Report of the Indian Hemp Drugs Commission, 1894-1895 - Volume I
Year: 1894
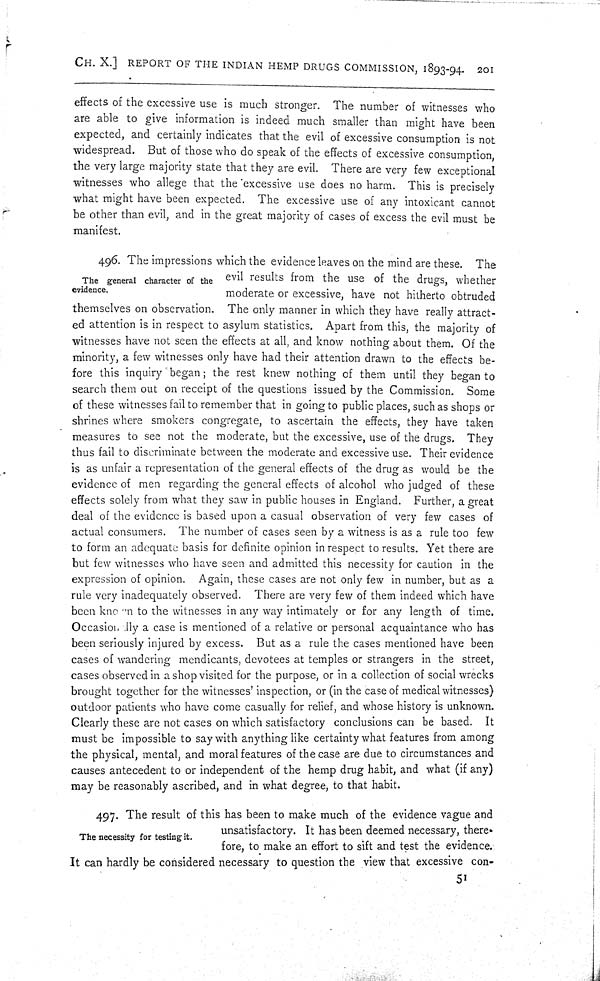
CH. X.] REPORT OF THE INDIAN HEMP DRUGS COMMISSION, 1893-94. 201
effects of the excessive use is much stronger. The number of witnesses who
are able to give information is indeed much smaller than might have been
expected, and certainly indicates that the evil of excessive consumption is not
widespread. But of those who do speak of the effects of excessive consumption,
the very large majority state that they are evil. There are very few exceptional
witnesses who allege that the excessive use does no harm. This is precisely
what might have been expected. The excessive use of any intoxicant cannot
be other than evil, and in the great majority of cases of excess the evil must be
manifest.
The general character of the
evidence.
496. The impressions which the evidence leaves on the mind are these. The
evil results from the use of the drugs, whether
moderate or excessive, have not hitherto obtruded
themselves on observation. The only manner in which they have really attract-
ed attention is in respect to asylum statistics. Apart from this, the majority of
witnesses have not seen the effects at all, and know nothing about them. Of the
minority, a few witnesses only have had their attention drawn to the effects be-
fore this inquiry began; the rest knew nothing of them until they began to
search them out on receipt of the questions issued by the Commission. Some
of these witnesses fail to remember that in going to public places, such as shops or
shrines where smokers congregate, to ascertain the effects, they have taken
measures to see not the moderate, but the excessive, use of the drugs. They
thus fail to discriminate between the moderate and excessive use. Their evidence
is as unfair a representation of the general effects of the drug as would be the
evidence of men regarding the general effects of alcohol who judged of these
effects solely from what they saw in public houses in England. Further, a great
deal of the evidence is based upon a casual observation of very few cases of
actual consumers. The number of cases seen by a witness is as a rule too few
to form an adequate basis for definite opinion in respect to results. Yet there are
but few witnesses who have seen and admitted this necessity for caution in the
expression of opinion. Again, these cases are not only few in number, but as a
rule very inadequately observed. There are very few of them indeed which have
been known to the witnesses in any way intimately or for any length of time.
Occasionally a case is mentioned of a relative or personal acquaintance who has
been seriously injured by excess. But as a rule the cases mentioned have been
cases of wandering mendicants, devotees at temples or strangers in the street,
cases observed in a shop visited for the purpose, or in a collection of social wrecks
brought together for the witnesses' inspection, or (in the case of medical witnesses)
outdoor patients who have come casually for relief, and whose history is unknown.
Clearly these are not cases on which satisfactory conclusions can be based. It
must be impossible to say with anything like certainty what features from among
the physical, mental, and moral features of the case are due to circumstances and
causes antecedent to or independent of the hemp drug habit, and what (if any)
may be reasonably ascribed, and in what degree, to that habit.
497. The result of this has been to make much of the evidence vague and
unsatisfactory. It has been deemed necessary, there
fore, to make an effort to sift and test the evidence.
It can hardly be considered necessary to question the view that excessive con-
51
The necessity for testing it.